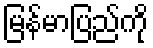
မြန်မာပြည်ကို